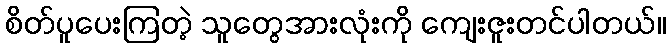
စိတ်ပူပေးကြတဲ့ သူတွေအားလုံးကို ကျေးဇူးတင်ပါတယ်။